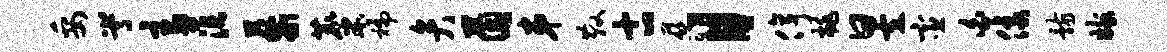
妥嵩主茫藜麋褊弁茵弟散古慈目停桃昱宦白像骸嫁